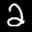
Digit: 2